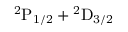
\mathrm { { } ^ { 2 } P _ { 1 / 2 } } + \mathrm { { } ^ { 2 } D _ { 3 / 2 } }